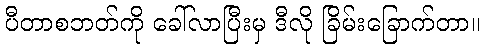
ပီတာစဘတ်ကို ခေါ်လာပြီးမှ ဒီလို ခြိမ်းခြောက်တာ။